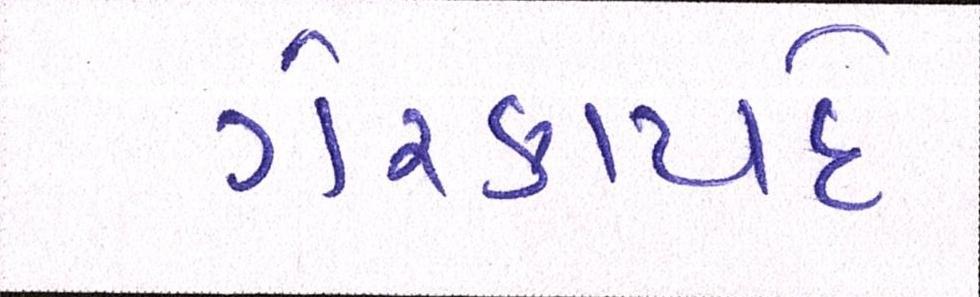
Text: ગેરકાયદે